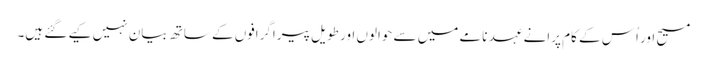
مسیح اور اُس کے کام پرانے عہد نامے میں سے حوالوں اور طویل پیراگرافوں کے ساتھ بیان نہیں کیے گئے ہیں۔